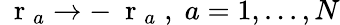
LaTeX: \mathrm{~\mathbf~r~}_{a}\to-\mathrm{~\mathbf~r~}_{a}\; ,\; a=1,...,N